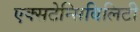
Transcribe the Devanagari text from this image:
एक्सटेन्सिबिलिटी